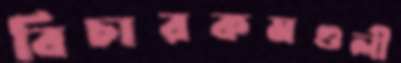
বিচারকমণ্ডলী